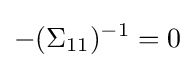
-(\Sigma _{11})^{-1}=0